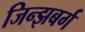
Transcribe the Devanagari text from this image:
जिन्झबर्ग